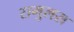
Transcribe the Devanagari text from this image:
रामुलस